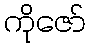
ကိုဇော်